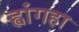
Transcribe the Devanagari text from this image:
ह्वांगहा